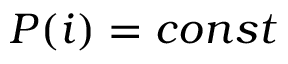
P ( i ) = c o n s t